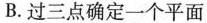
B. 过三点确定一个平面